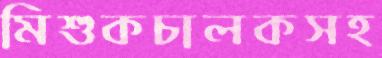
মিশুকচালকসহ